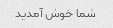
شما خوش آمدید